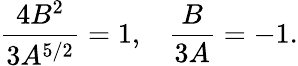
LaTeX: \frac{4B^{2}}{3A^{5/2}}=1,\; \; \; \frac{B}{3A}=-1.